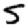
Digit: 5